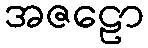
အဇဠော